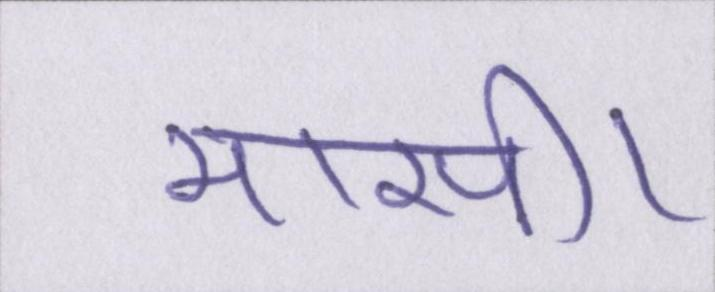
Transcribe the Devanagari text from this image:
मासी।